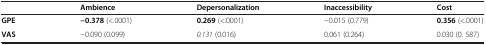
<table><thead><tr><td><b> </b></td><td><b>Ambience</b></td><td><b>Depersonalization</b></td><td><b>Inaccessibility</b></td><td><b>Cost</b></td></tr></thead><tbody><tr><td><b>GPE</b></td><td><b>−0.378</b> (&lt;.0001)</td><td><b>0.269</b> (&lt;.0001)</td><td>−0.015 (0.779)</td><td><b>0.356</b> (&lt;.0001)</td></tr><tr><td><b>VAS</b></td><td>−0.090 (0.099)</td><td><i>0.131</i> (0.016)</td><td>0.061 (0.264)</td><td>0.030 (0. 587)</td></tr></tbody></table>